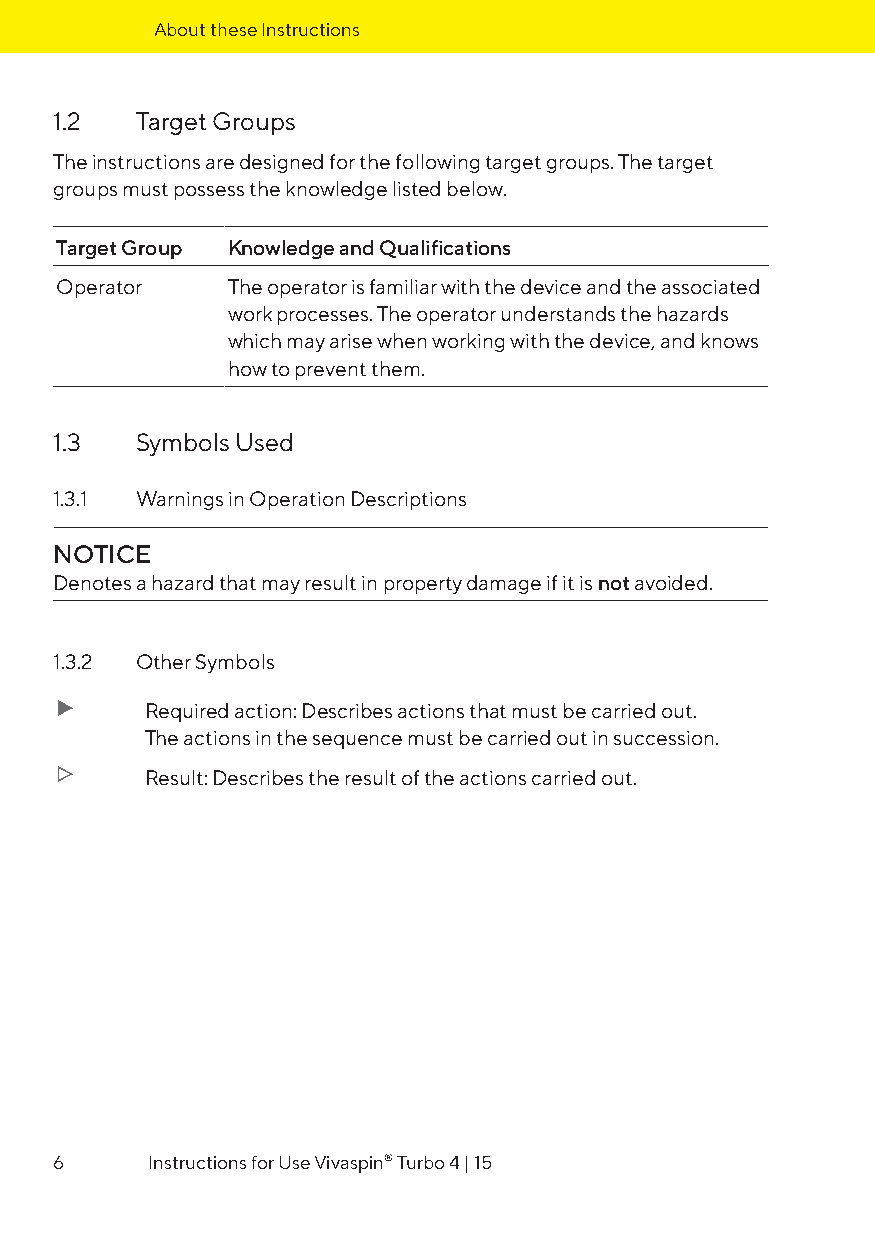
About these Instructions
 1.2  Target Groups
 The instructions are designed for the following target groups. The target
 groups must possess the knowledge listed below.
 Target Group Knowledge and Qualifications
 Operator   The operator is familiar with the device and the associated
 work processes. The operator understands the hazards
 which may arise when working with the device, and knows
 how to prevent them.
 1.3  Symbols Used
 1.3.1 Warnings in Operation Descriptions
 NOTICE
 Denotes a hazard that may result in property damage if it is not avoided.
 1.3.2 Other Symbols
 t     Required action: Describes actions that must be carried out.
 The actions in the sequence must be carried out in succession.
 y     Result: Describes the result of the actions carried out.
 6     Instructions for Use Vivaspin® Turbo 4 | 15